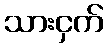
သားငှက်